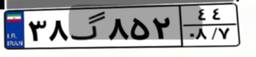
۳۸گ۸۵۲۴۴